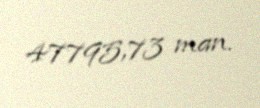
47795,73 man.